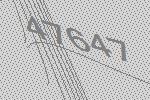
47647